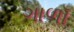
ગાળૉ